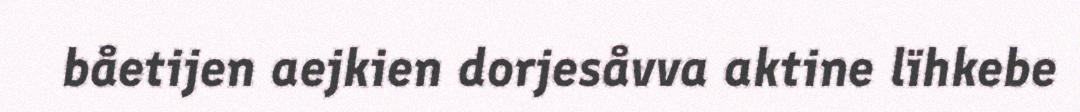
båetijen aejkien dorjesåvva aktine lïhkebe